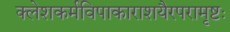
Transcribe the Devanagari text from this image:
क्लेशकर्मविपाकाराशयैरपरामृष्टः